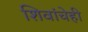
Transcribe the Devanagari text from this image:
शिवांचेही